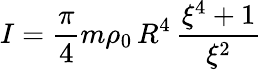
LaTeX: I=\frac{\pi}{4}m\rho_{0}\, R^{4}\, \frac{\xi^{4}+1}{\xi^{2}}